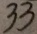
3 3